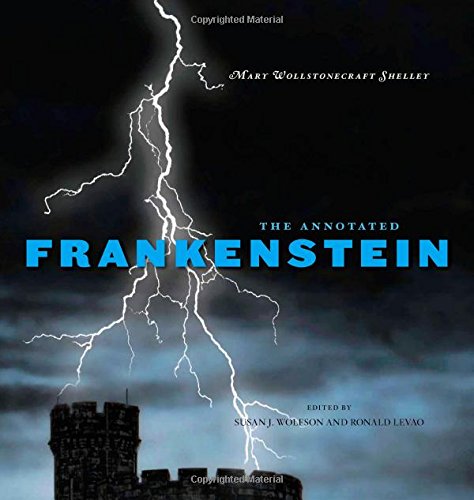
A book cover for The Annotated Frankenstein; Mary Wollstonecraft Shelley; Literature & Fiction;